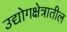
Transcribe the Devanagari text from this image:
उद्योगक्षेत्रातील